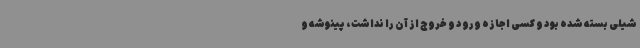
شیلی بسته شده بود و کسی اجازه ورود و خروج از آن را نداشت، پینوشه و